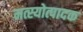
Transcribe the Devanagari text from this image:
मत्स्योत्पादक